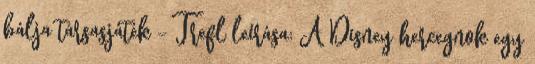
bálja társasjáték - Trefl leírása: A Disney hercegnok egy